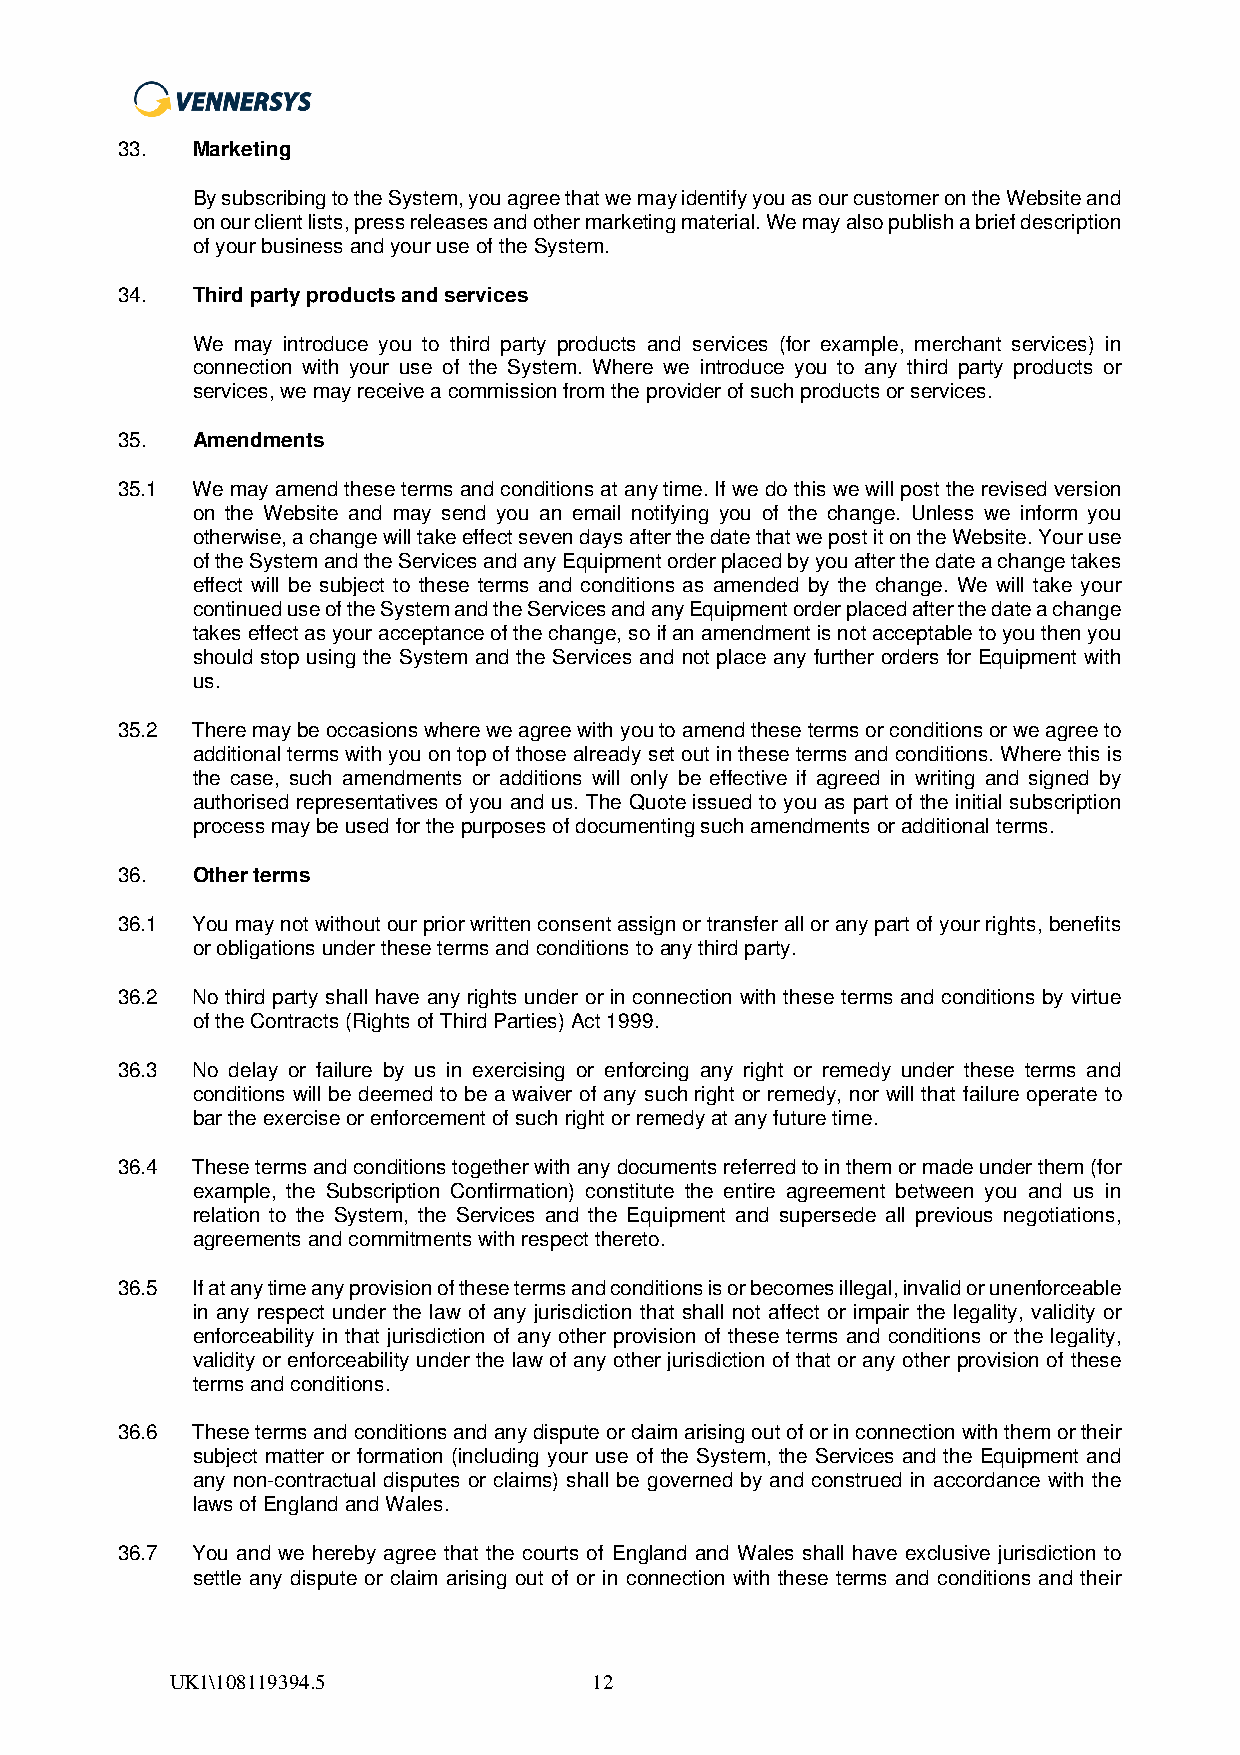
33.  Marketing
 By subscribing to the System, you agree that we may identify you as our customer on the Website and
 on our client lists, press releases and other marketing material. We may also publish a brief description
 of your business and your use of the System.
 34.  Third party products and services
 We may introduce you to third party products and services (for example, merchant services) in
 connection with your use of the System. Where we introduce you to any third party products or
 services, we may receive a commission from the provider of such products or services.
 35.  Amendments
 35.1 We may amend these terms and conditions at any time. If we do this we will post the revised version
 on the Website and may send you an email notifying you of the change. Unless we inform you
 otherwise, a change will take effect seven days after the date that we post it on the Website. Your use
 of the System and the Services and any Equipment order placed by you after the date a change takes
 effect will be subject to these terms and conditions as amended by the change. We will take your
 continued use of the System and the Services and any Equipment order placed after the date a change
 takes effect as your acceptance of the change, so if an amendment is not acceptable to you then you
 should stop using the System and the Services and not place any further orders for Equipment with
 us.
 35.2 There may be occasions where we agree with you to amend these terms or conditions or we agree to
 additional terms with you on top of those already set out in these terms and conditions. Where this is
 the case, such amendments or additions will only be effective if agreed in writing and signed by
 authorised representatives of you and us. The Quote issued to you as part of the initial subscription
 process may be used for the purposes of documenting such amendments or additional terms.
 36.  Other terms
 36.1 You may not without our prior written consent assign or transfer all or any part of your rights, benefits
 or obligations under these terms and conditions to any third party.
 36.2 No third party shall have any rights under or in connection with these terms and conditions by virtue
 of the Contracts (Rights of Third Parties) Act 1999.
 36.3 No delay or failure by us in exercising or enforcing any right or remedy under these terms and
 conditions will be deemed to be a waiver of any such right or remedy, nor will that failure operate to
 bar the exercise or enforcement of such right or remedy at any future time.
 36.4 These terms and conditions together with any documents referred to in them or made under them (for
 example, the Subscription Confirmation) constitute the entire agreement between you and us in
 relation to the System, the Services and the Equipment and supersede all previous negotiations,
 agreements and commitments with respect thereto.
 36.5 If at any time any provision of these terms and conditions is or becomes illegal, invalid or unenforceable
 in any respect under the law of any jurisdiction that shall not affect or impair the legality, validity or
 enforceability in that jurisdiction of any other provision of these terms and conditions or the legality,
 validity or enforceability under the law of any other jurisdiction of that or any other provision of these
 terms and conditions.
 36.6 These terms and conditions and any dispute or claim arising out of or in connection with them or their
 subject matter or formation (including your use of the System, the Services and the Equipment and
 any non-contractual disputes or claims) shall be governed by and construed in accordance with the
 laws of England and Wales.
 36.7 You and we hereby agree that the courts of England and Wales shall have exclusive jurisdiction to
 settle any dispute or claim arising out of or in connection with these terms and conditions and their
 UK1\108119394.5             12